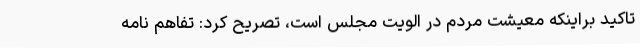
تاکید براینکه معیشت مردم در الویت مجلس است، تصریح کرد: تفاهم نامه